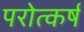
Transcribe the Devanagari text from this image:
परोत्कर्ष